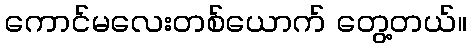
ကောင်မလေးတစ်ယောက် တွေ့တယ်။